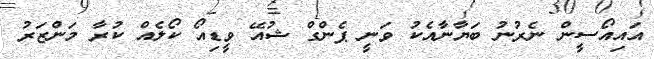
އައިއޯސީން ނެރުނު ބަޔާނާއެކު ވަނީ ޕެންގް ޝުއޭ ވީޑިއޯ ކޯލެއް ކުރާ މަންޒަރު